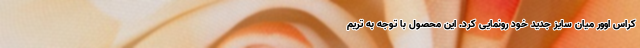
کراس اوور میان سایز جدید خود رونمایی کرد. این محصول با توجه به تریم